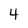
Character: 4